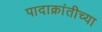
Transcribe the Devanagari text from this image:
पादाक्रांतीच्या